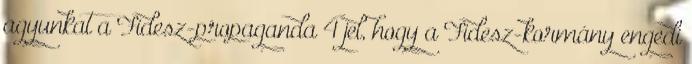
agyunkat a Fidesz-propaganda 4 jel, hogy a Fidesz-kormány engedi